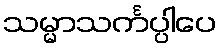
သမ္မာသင်္ကပ္ပါပေ